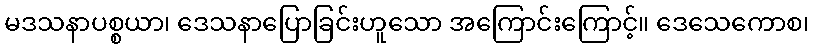
မဒသနာပစ္စယာ၊ ဒေသနာပြောခြင်းဟူသော အကြောင်းကြောင့်။ ဒေသေကောစ၊